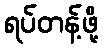
ရပ်တန့်ဖို့